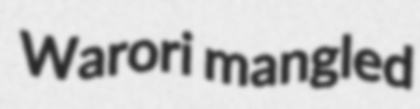
Warori mangled